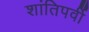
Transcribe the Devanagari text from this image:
शांतिपर्वी